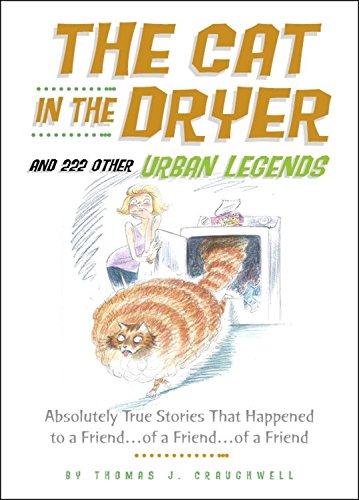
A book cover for The Cat in the Dryer: And 222 Other Urban Legends; Thomas J. Craughwell; Humor & Entertainment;